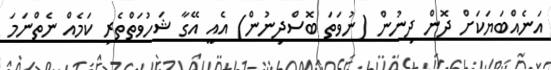
އަނެއްބަޔަކަށް ދޮން ދިނުން (ނުވަތަ ބޮސްދިނުން) އެއީ އޭގާ ޝަހުވަތްތެރި ކަމެއް ނެތްނަމަ